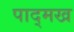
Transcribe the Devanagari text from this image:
पाद्मख